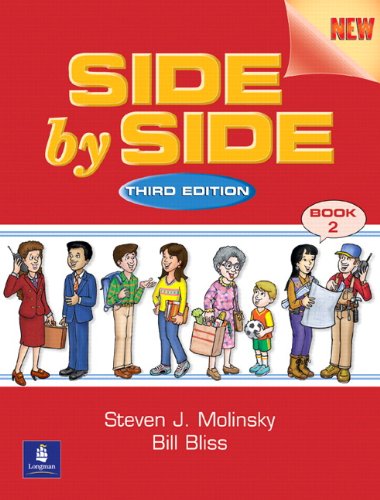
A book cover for Side by Side: Student Book 2, Third Edition; Steven J. Molinsky; Reference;